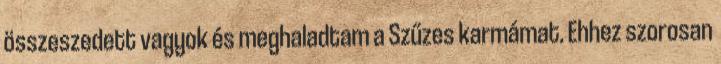
összeszedett vagyok és meghaladtam a Szűzes karmámat. Ehhez szorosan